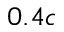
0 . 4 c